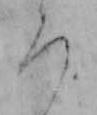
ろ